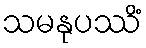
သမနုပဿိံ